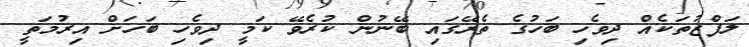
ލަފްޒުތަކެއް ދިވެހި ބަހުގެ ތެރޭގައި ބޭނުން ކުރެވޭ ކަމީ ދިވެހި ބަހަށް އިރުމަތީ